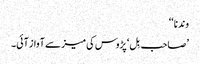
وندنا ‘‘
’صاحب بِل‘ پڑوس کی میز سے آواز آئی۔